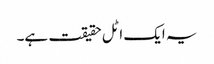
یہ ایک اٹل حقیقت ہے۔